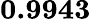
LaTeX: \mathbf{0.9943}